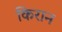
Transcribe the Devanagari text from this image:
किरान